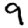
Digit: 9